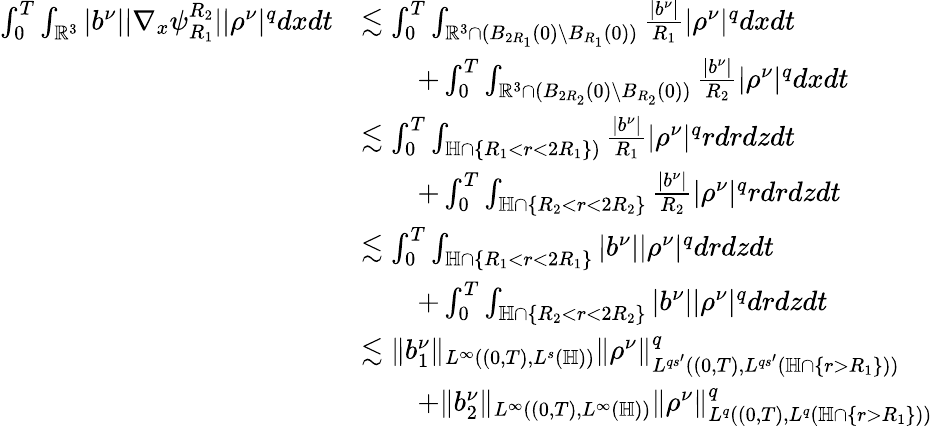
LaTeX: \begin{array}{rl}{\int_{0}^{T}\int_{\mathbb{R}^{3}}|b^{\nu}||\nabla_{x}\psi_{R_{1}}^{R_{2}}||\rho^{\nu}|^{q}dxdt}&{\lesssim\int_{0}^{T}\int_{\mathbb{R}^{3}\cap(B_{2R_{1}}(0)\setminus B_{R_{1}}(0))}\frac{|b^{\nu}|}{R_{1}}|\rho^{\nu}|^{q}dxdt}\\ &{\quad\quad+\int_{0}^{T}\int_{\mathbb{R}^{3}\cap(B_{2R_{2}}(0)\setminus B_{R_{2}}(0))}\frac{|b^{\nu}|}{R_{2}}|\rho^{\nu}|^{q}dxdt}\\ &{\lesssim\int_{0}^{T}\int_{\mathbb{H}\cap\{ R_{1}<r<2R_{1}\} )}\frac{|b^{\nu}|}{R_{1}}|\rho^{\nu}|^{q}rdrdzdt}\\ &{\quad\quad+\int_{0}^{T}\int_{\mathbb{H}\cap\{ R_{2}<r<2R_{2}\} }\frac{|b^{\nu}|}{R_{2}}|\rho^{\nu}|^{q}rdrdzdt}\\ &{\lesssim\int_{0}^{T}\int_{\mathbb{H}\cap\{ R_{1}<r<2R_{1}\} }|b^{\nu}||\rho^{\nu}|^{q}drdzdt}\\ &{\quad\quad+\int_{0}^{T}\int_{\mathbb{H}\cap\{ R_{2}<r<2R_{2}\} }|b^{\nu}||\rho^{\nu}|^{q}drdzdt}\\ &{\lesssim\| b_{1}^{\nu}\| _{L^{\infty}((0,T),L^{s}(\mathbb{H}))}\| \rho^{\nu}\| _{L^{qs^{\prime}}((0,T),L^{qs^{\prime}}(\mathbb{H}\cap\{ r>R_{1}\} ))}^{q}}\\ &{\quad\quad+\| b_{2}^{\nu}\| _{L^{\infty}((0,T),L^{\infty}(\mathbb{H}))}\| \rho^{\nu}\| _{L^{q}((0,T),L^{q}(\mathbb{H}\cap\{ r>R_{1}\} ))}^{q}}\end{array}